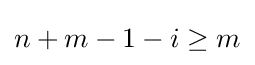
n+m-1-i\geq m